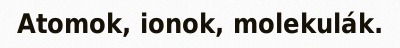
Atomok, ionok, molekulák.